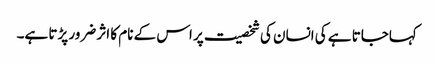
کہاجاتا ہے کی انسان کی شخصیت پر اس کے نام کا اثر ضرور پڑتا ہے۔